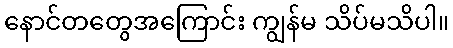
နောင်တတွေအကြောင်း ကျွန်မ သိပ်မသိပါ။